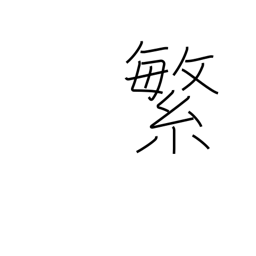
Meaning: frequency